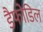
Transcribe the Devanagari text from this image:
डैफोडिल